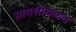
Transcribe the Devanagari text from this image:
सत्यशोधकच